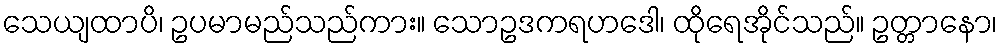
သေယျထာပိ၊ ဥပမာမည်သည်ကား။ သောဥဒကရဟဒေါ၊ ထိုရေအိုင်သည်။ ဥတ္တာနော၊